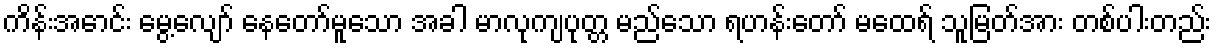
ကိန်းအောင်း မွေ့လျော် နေတော်မူသော အခါ မာလုကျပုတ္တ မည်သော ရဟန်းတော် မထေရ် သူမြတ်အား တစ်ပါးတည်း